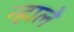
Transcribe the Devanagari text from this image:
न्हाले